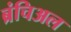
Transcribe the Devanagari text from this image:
ब्रंचिअल